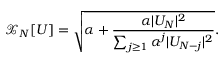
\mathcal { X } _ { N } [ U ] = \sqrt { \alpha + \frac { \alpha | U _ { N } | ^ { 2 } } { \sum _ { j \ge 1 } { \alpha ^ { j } | U _ { N - j } | ^ { 2 } } } } .